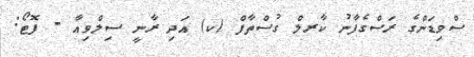
ސްވިޑަންގެ ރަސްގެފާނު ކާރލް ގުސްތާފް (ކ) އަދި ރާނީ ސިލްވިއާ - ފޮޓޯ: